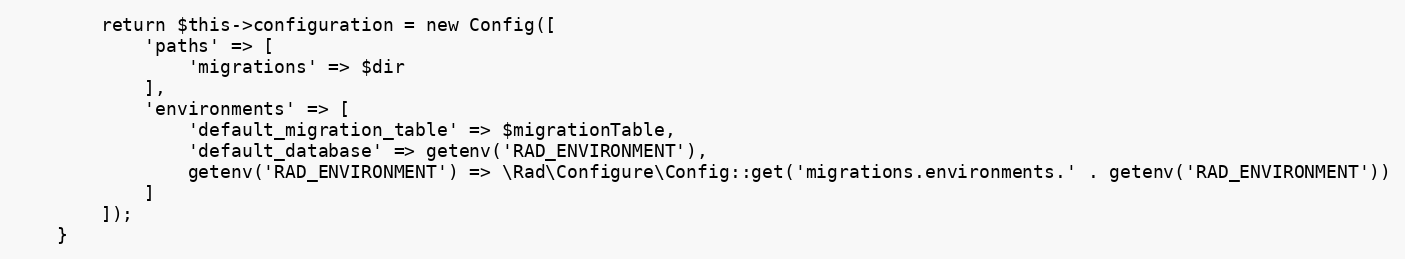
Language: PHP
        return $this->configuration = new Config([
            'paths' => [
                'migrations' => $dir
            ],
            'environments' => [
                'default_migration_table' => $migrationTable,
                'default_database' => getenv('RAD_ENVIRONMENT'),
                getenv('RAD_ENVIRONMENT') => \Rad\Configure\Config::get('migrations.environments.' . getenv('RAD_ENVIRONMENT'))
            ]
        ]);
    }